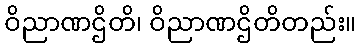
ဝိညာဏဌိတိ၊ ဝိညာဏဌိတိတည်း။